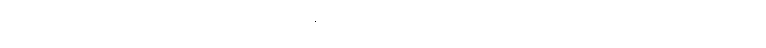
ဂုတ်တွင်းအကျော်မှာ ကားရပ်လိုက်ပါ လမ်းရှင်းတဲ့သုူကို ရှမ်းအဖွဲ့ကိုဆောင်ထားတဲ့ လက်မှတ်ကို ပြခိုင်းပါ။